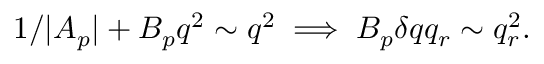
1 / | A _ { p } | + B _ { p } q ^ { 2 } \sim q ^ { 2 } \implies B _ { p } \delta q q _ { r } \sim q _ { r } ^ { 2 } .